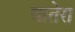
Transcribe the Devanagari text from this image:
वातेरा